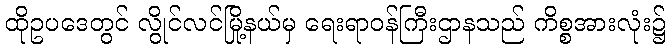
ထိုဥပဒေတွင် လွိုင်လင်မြို့နယ်မှ ရေးရာဝန်ကြီးဌာနသည် ကိစ္စအားလုံး၌